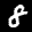
Label: 8